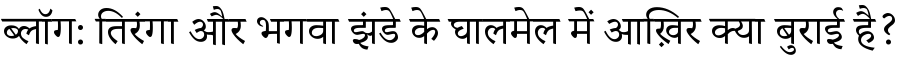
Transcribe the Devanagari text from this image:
ब्लॉग: तिरंगा और भगवा झंडे के घालमेल में आख़िर क्या बुराई है?